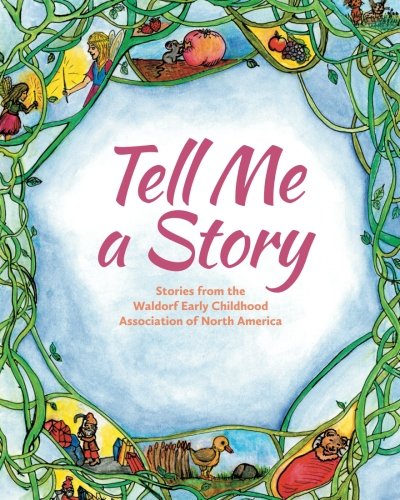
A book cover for Tell Me a Story: Stories from the waldorf Early Childhood Association of North America; Louise deForest editor; Humor & Entertainment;